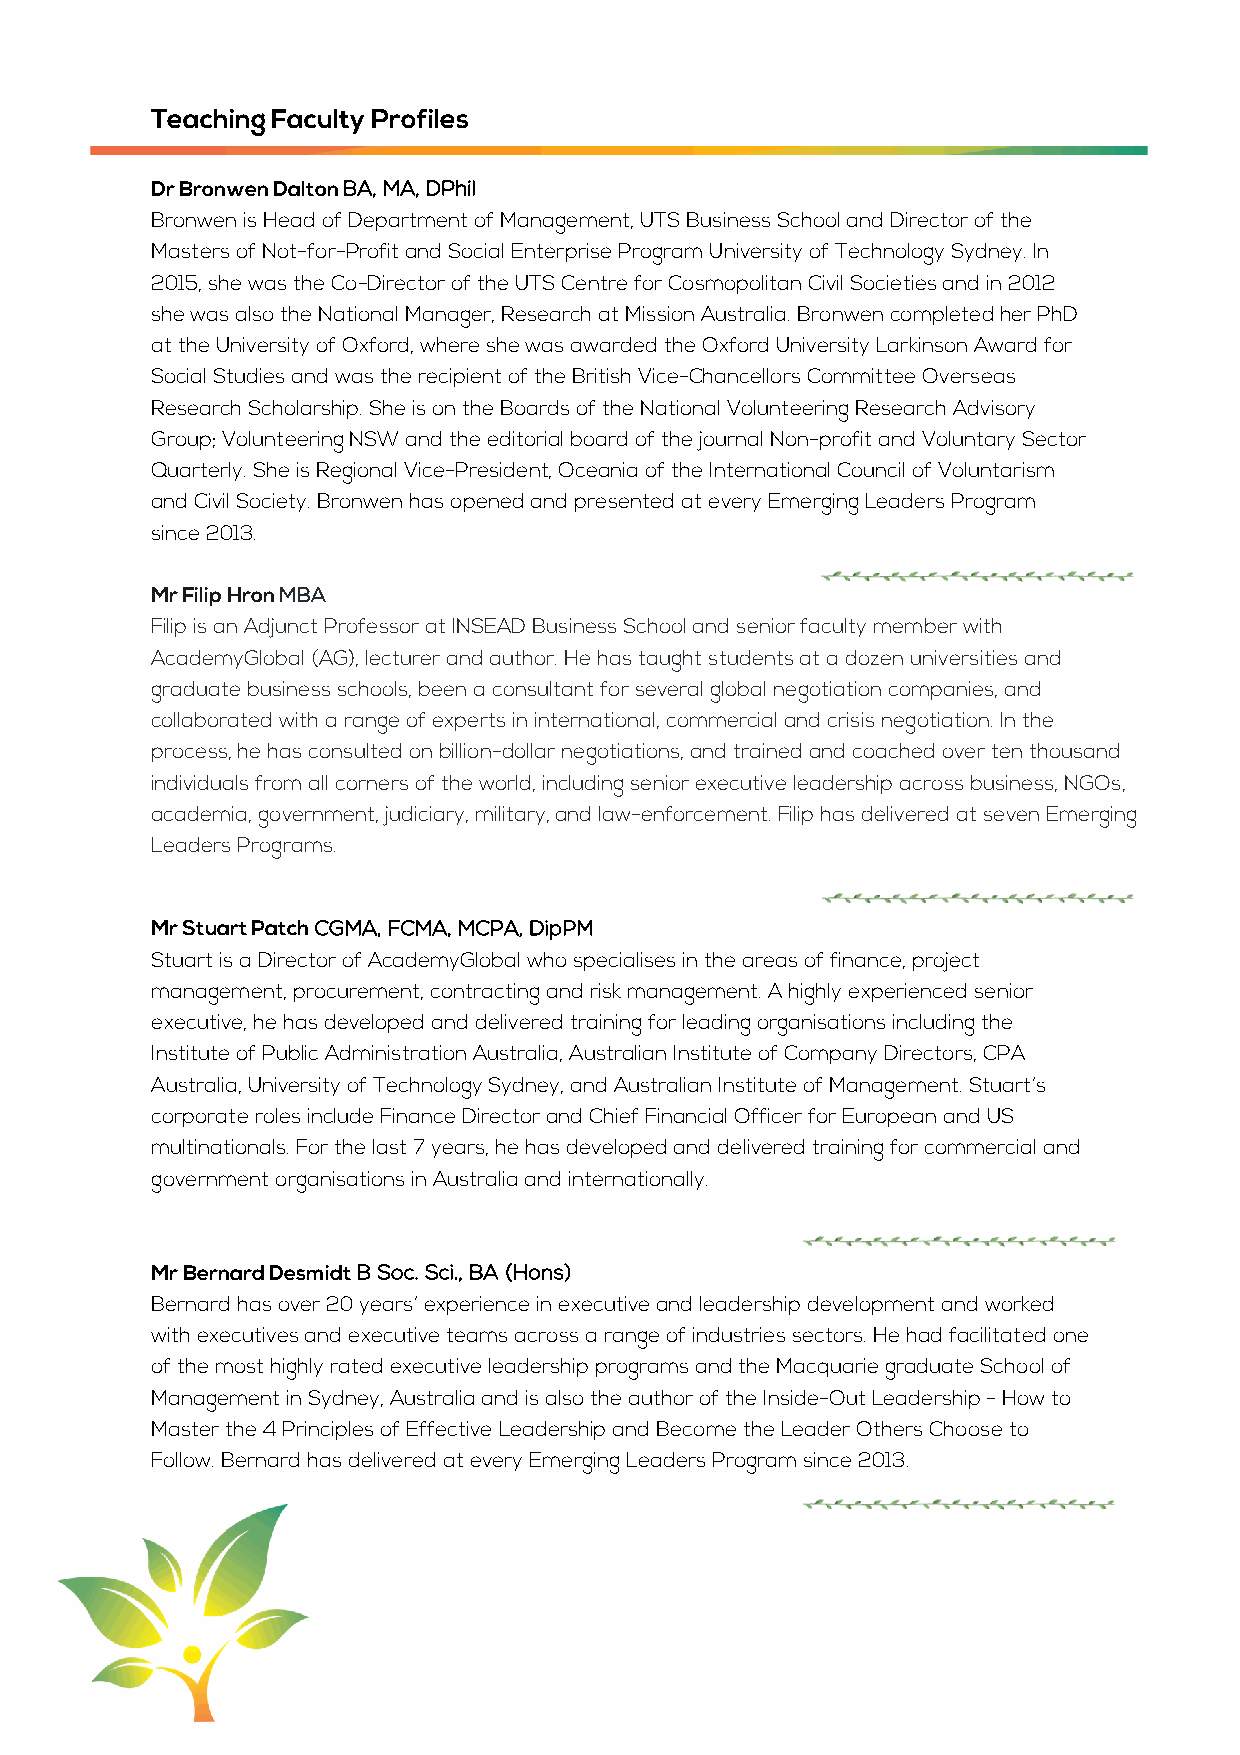
Teaching Faculty Profiles
 Dr Bronwen Dalton BA, MA, DPhil
 Bronwen is Head of Department of Management, UTS Business School and Director of the
 Masters of Not-for-Profit and Social Enterprise Program University of Technology Sydney. In
 2015, she was the Co-Director of the UTS Centre for Cosmopolitan Civil Societies and in 2012
 she was also the National Manager, Research at Mission Australia. Bronwen completed her PhD
 at the University of Oxford, where she was awarded the Oxford University Larkinson Award for
 Social Studies and was the recipient of the British Vice-Chancellors Committee Overseas
 Research Scholarship. She is on the Boards of the National Volunteering Research Advisory
 Group; Volunteering NSW and the editorial board of the journal Non-profit and Voluntary Sector
 Quarterly. She is Regional Vice-President, Oceania of the International Council of Voluntarism
 and Civil Society. Bronwen has opened and presented at every Emerging Leaders Program
 since 2013.
 Mr Filip Hron MBA
 Filip is an Adjunct Professor at INSEAD Business School and senior faculty member with
 AcademyGlobal (AG), lecturer and author. He has taught students at a dozen universities and
 graduate business schools, been a consultant for several global negotiation companies, and
 collaborated with a range of experts in international, commercial and crisis negotiation. In the
 process, he has consulted on billion-dollar negotiations, and trained and coached over ten thousand
 individuals from all corners of the world, including senior executive leadership across business, NGOs,
 academia, government, judiciary, military, and law-enforcement. Filip has delivered at seven Emerging
 Leaders Programs.
 Mr Stuart Patch CGMA, FCMA, MCPA, DipPM
 Stuart is a Director of AcademyGlobal who specialises in the areas of finance, project
 management, procurement, contracting and risk management. A highly experienced senior
 executive, he has developed and delivered training for leading organisations including the
 Institute of Public Administration Australia, Australian Institute of Company Directors, CPA
 Australia, University of Technology Sydney, and Australian Institute of Management. Stuart’s
 corporate roles include Finance Director and Chief Financial Officer for European and US
 multinationals. For the last 7 years, he has developed and delivered training for commercial and
 government organisations in Australia and internationally.
 Mr Bernard Desmidt B Soc. Sci., BA (Hons)
 Bernard has over 20 years’ experience in executive and leadership development and worked
 with executives and executive teams across a range of industries sectors. He had facilitated one
 of the most highly rated executive leadership programs and the Macquarie graduate School of
 Management in Sydney, Australia and is also the author of the Inside-Out Leadership - How to
 Master the 4 Principles of Effective Leadership and Become the Leader Others Choose to
 Follow. Bernard has delivered at every Emerging Leaders Program since 2013.